Civil Veterinary Department Bihar & Orissa reports 1929-36 - 1929-1936
Year: 1929
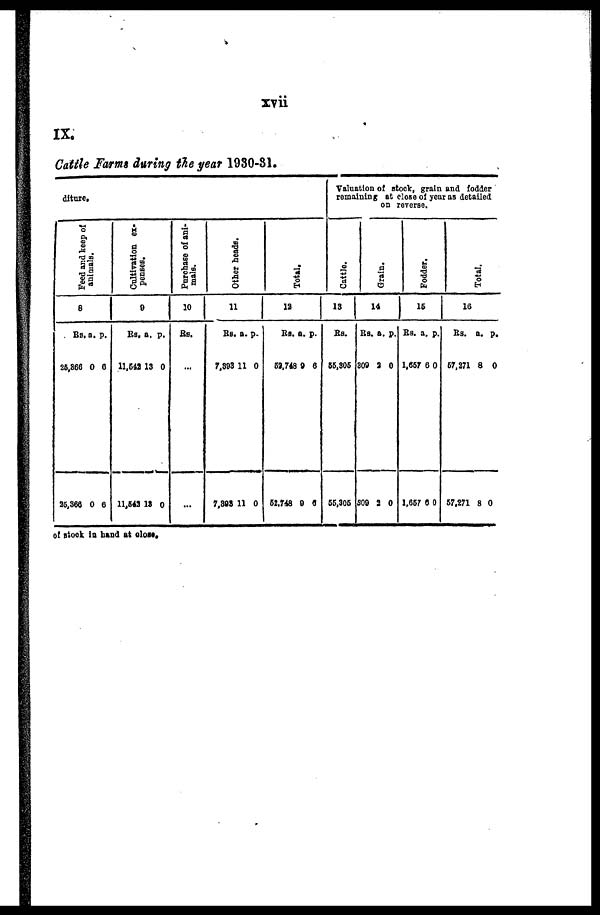
xvii
IX.
Cattle Farms during the year 1930-81.
diture.
Feed and keep of
animals.
8
Rs. a. p.
25,866 0 6
25,366 0 6
Cultivation ex-
penses.
9
Rs. a. p.
11,542 13 0
11,542 13 0
Purchase of ani-
mals.
10
Rs.
...
...
Other heads.
11
Rs. a. p.
7,893 11 0
7,303 11 0
Total,
12
Rs. a. p.
53,748 9 6
52,748 0 0
Valuation of stock, grain and fodder
remaining at close of year as detailed
on reverse.
Cattle.
13
Rs.
55,305
55,305
Grain.
14
Rs. a. p.
309 2 0
309 2 0
Fodder,
15
Rs. a. p.
1,657 6 0
1,657 6 0
Total.
16
Rs. a. p.
57,271 8 0
57,271 8 0
of stock in hand at close.